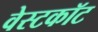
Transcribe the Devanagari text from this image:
वेस्टकॉट